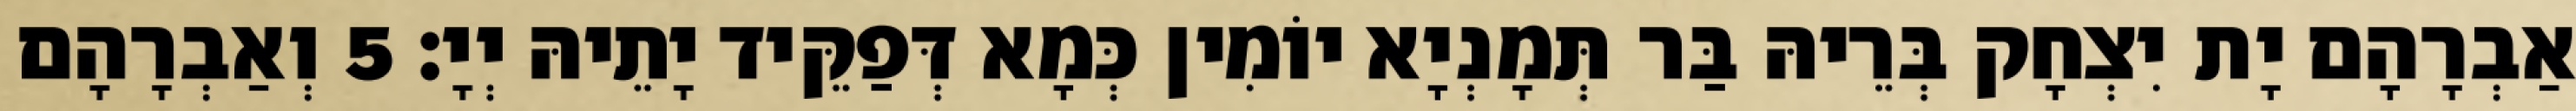
אַבְרָהָם יָת יִצְחָק בְּרֵיהּ בַּר תְּמָנְיָא יוֹמִין כְּמָא דְּפַקֵּיד יָתֵיהּ יְיָ׃ 5 וְאַבְרָהָם